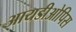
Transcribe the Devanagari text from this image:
आयडीओपिस